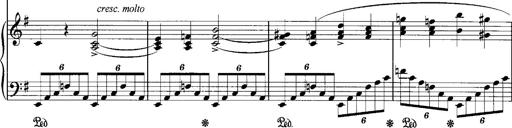
Title: Schlaflos! Frage und Antwort
Composer: Franz Liszt